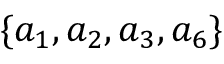
\{ a _ { 1 } , a _ { 2 } , a _ { 3 } , a _ { 6 } \}